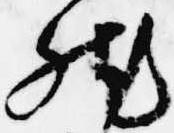
然